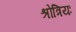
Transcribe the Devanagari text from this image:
श्रोत्रियः